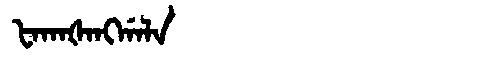
Manchu: ᡶᠠᡴᠠᡧᠠᠩᡤᠠᠯᠠ
Romanization: FAKAŠANGGALA